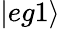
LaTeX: |eg1\rangle